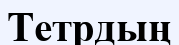
Тетрдың